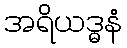
အရိယဒ္ဓနံ